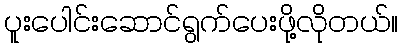
ပူးပေါင်းဆောင်ရွက်ပေးဖို့လိုတယ်။